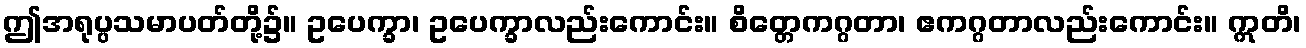
ဤအရုပ္ပသမာပတ်တို့၌။ ဥပေက္ခာ၊ ဥပေက္ခာလည်းကောင်း။ စိတ္တေကဂ္ဂတာ၊ ဧကဂ္ဂတာလည်းကောင်း။ ဣတိ၊